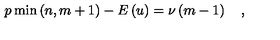
p \min \left( n , m + 1 \right) - E \left( u \right) = \nu \left( m - 1 \right) \quad ,